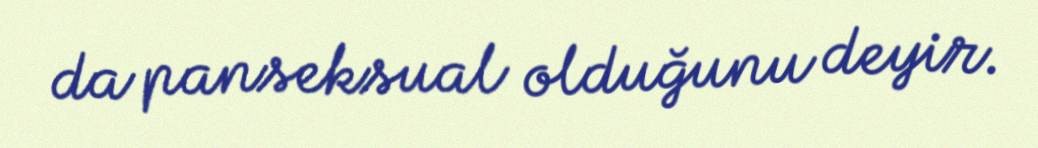
da panseksual olduğunu deyir.